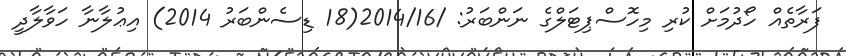
ފަރާތެއް ހޯދުމަށް ކުރި މިހޮސްޕިޓަލްގެ ނަންބަރު: /2014/16(18 ޑިސެންބަރު 2014) އިޢުލާނާ ހަވާލާދީ